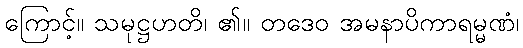
ကြောင့်။ သမုဋ္ဌဟတိ၊ ၏။ တဒေဝ အမနာပိကာရမ္မဏံ၊